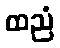
ထညံ